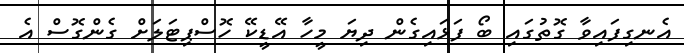
އެނގިފައިވާ ގޮތުގައި ބޯ ފަޅައިގެން ދިޔަ މީހާ އޭޑީކޭ ހޮސްޕިޓަލަށް ގެންގޮސް އެ